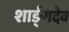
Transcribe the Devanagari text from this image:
शार्ङ्‌गदेव